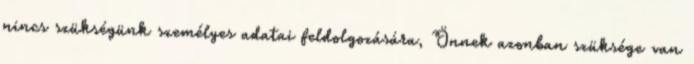
nincs szükségünk személyes adatai feldolgozására, Önnek azonban szüksége van